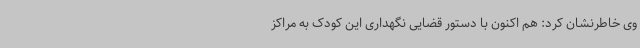
وی خاطرنشان کرد: هم اکنون با دستور قضایی نگهداری این کودک به مراکز